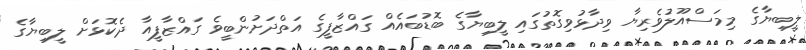
ލީބިޔާގެ މިމަސްއޫލުވެރިޔާ ވިދާޅުވިގޮތުގައި ލީބިޔާގެ ބޮޑުބައެއް ގައްޒާފީގެ އަތްދަށުންބީވެ ގައްޒާފީއާ ދެކޮޅަށް ލީބިޔާގެ